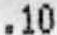
.10